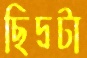
ছিদ্রটা